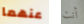
عنهما أنت